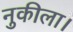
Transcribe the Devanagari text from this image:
नुकीला।